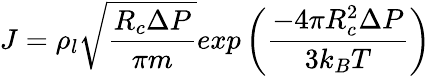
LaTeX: J=\rho_{l}\sqrt{\frac{R_{c}\Delta P}{\pi m}}exp\left(\frac{-4\pi R_{c}^{2}\Delta P}{3k_{B}T}\right)